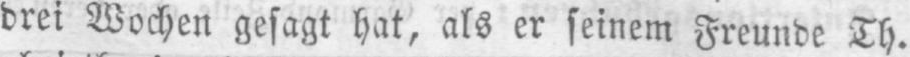
drei Wochen gesagt hat, als er seinem Freunde Th.